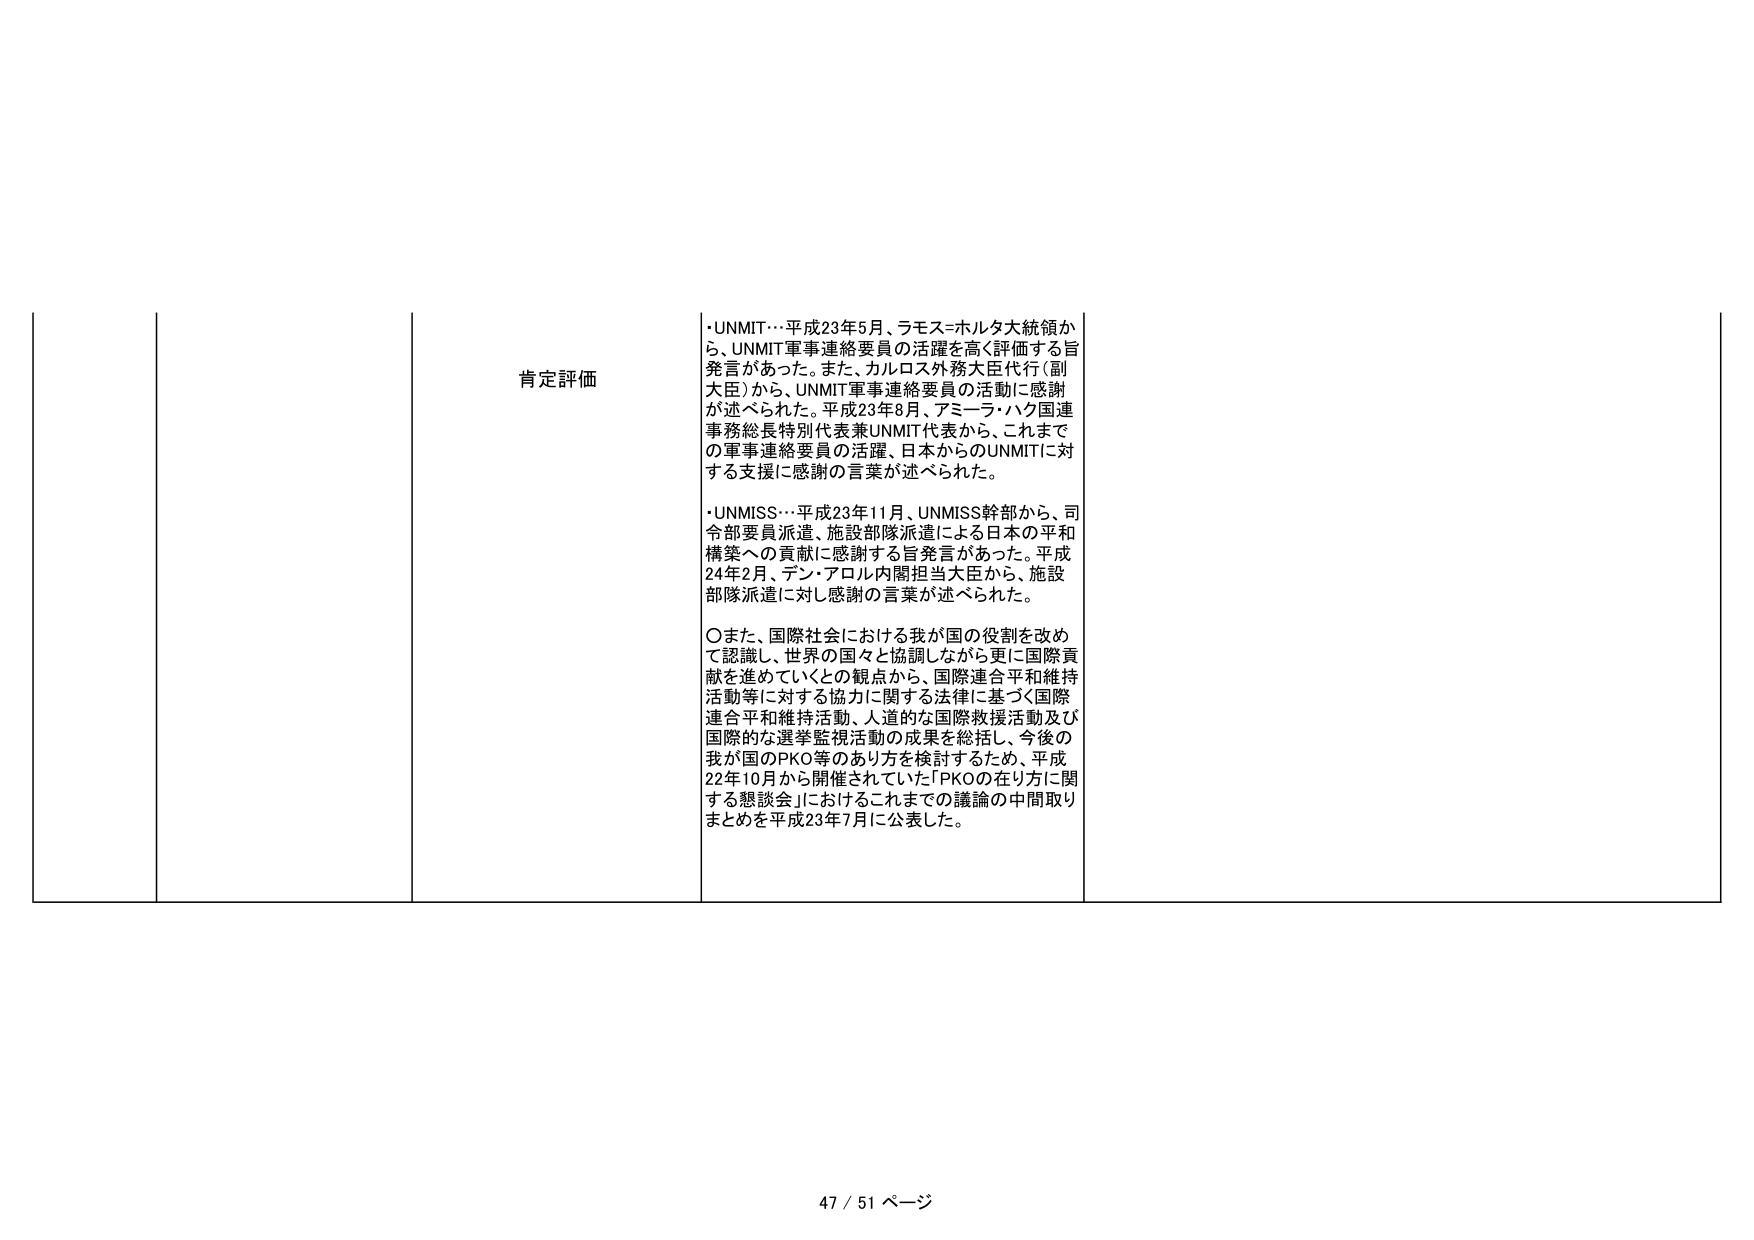
肯定評価

・UNMIT…平成23年5月、ラモス＝ホルタ大統領から、UNMIT軍事連絡要員の活躍を高く評価する旨発言があった。また、カルロス外務大臣代行（副大臣）から、UNMIT軍事連絡要員の活動に感謝が述べられた。平成23年8月、アミーラ・ハク国連事務総長特別代表兼UNMIT代表から、これまでの軍事連絡要員の活躍、日本からのUNMITに対する支援に感謝の言葉が述べられた。

・UNMISS…平成23年11月、UNMISS幹部から、司令部要員派遣、施設部隊派遣による日本の平和構築への貢献に感謝する旨発言があった。平成24年2月、デン・アロル内閣担当大臣から、施設部隊派遣に対し感謝の言葉が述べられた。

〇また、国際社会における我が国の役割を改めて認識し、世界の国々と協調しながら更に国際貢献を進めていくとの観点から、国際連合平和維持活動等に対する協力に関する法律に基づく国際連合平和維持活動、人道的な国際救援活動及び国際的な選挙監視活動の成果を総括し、今後の我が国のPKO等のあり方を検討するため、平成22年10月から開催されていた「PKOの在り方に関する懇談会」におけるこれまでの議論の中間取りまとめを平成23年7月に公表した。

47 / 51 ページ